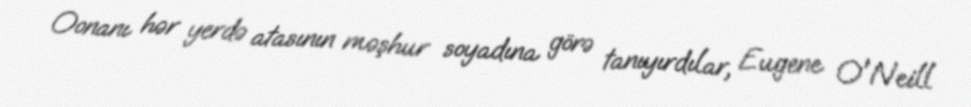
Oonanı hər yerdə atasının məşhur soyadına görə tanıyırdılar, Eugene O'Neill